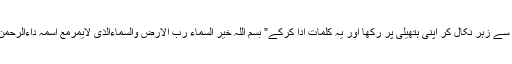
حضرت خالد نے اس پڑیا سے زہر نکال کر اپنی ہتھیلی پر رکھا اور یہ کلمات ادا کرکے” بسم اللہ خیر السماء رب الارض والسماءالذی لایمرمع اسمہ داءالرحمن الرحیم”وہ زہر پھانک لیا۔